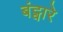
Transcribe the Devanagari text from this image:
बंट्वारे